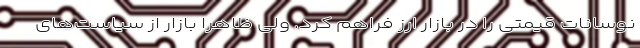
نوسانات قیمتی را در بازار ارز فراهم کرد. ولی ظاهرا بازار از سیاست‌های